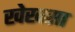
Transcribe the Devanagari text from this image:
खेखसा